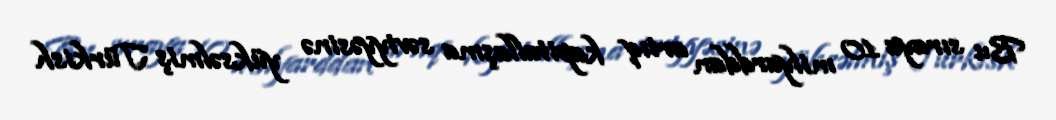
Bu sıraya 10 milyarddan artıq kapitallaşma səviyyəsinə yüksəlmiş Türkish